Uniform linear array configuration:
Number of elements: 4
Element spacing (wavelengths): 0.25
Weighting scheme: uniform
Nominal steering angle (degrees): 0
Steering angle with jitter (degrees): -0.1221
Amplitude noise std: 0.05
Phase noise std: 0.05

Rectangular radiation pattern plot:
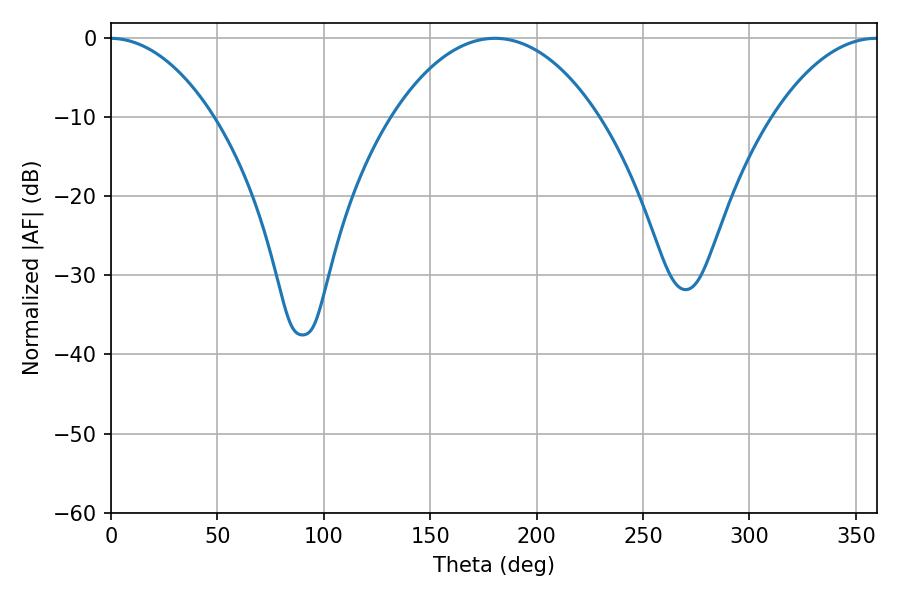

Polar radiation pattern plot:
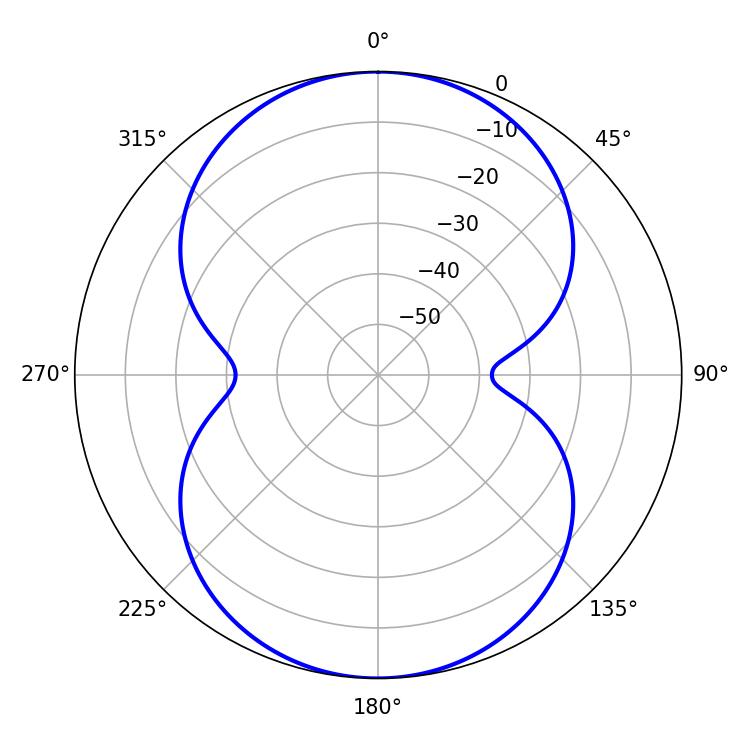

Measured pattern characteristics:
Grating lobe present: FALSE
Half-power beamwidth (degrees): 54.18
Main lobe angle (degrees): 180.36